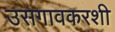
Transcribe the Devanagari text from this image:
उसगावकरशी